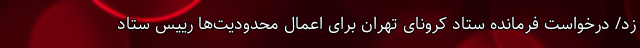
زد/ درخواست فرمانده ستاد کرونای تهران برای اعمال محدودیت‌ها رییس ستاد